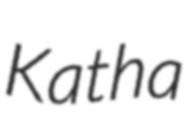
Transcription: Katha